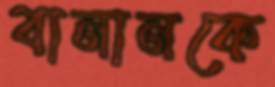
বানানকে